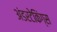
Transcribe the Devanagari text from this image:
अंडरटेकिंग्स